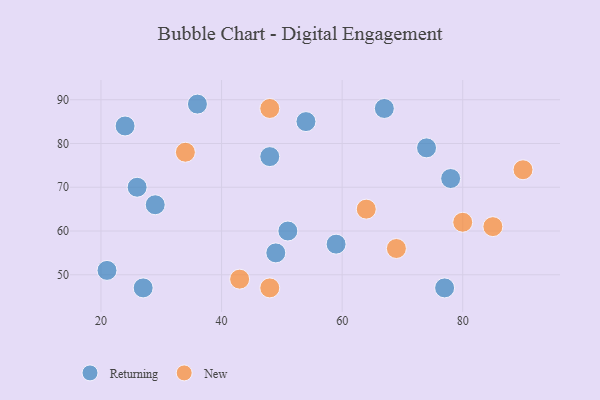
{"axis": {"x": "GDP", "y": "Life Expectancy"}, "legend": ["New", "Returning"], "data": [{"x": "54", "y": 85, "type": "Returning"}, {"x": "36", "y": 89, "type": "Returning"}, {"x": "27", "y": 47, "type": "Returning"}, {"x": "59", "y": 57, "type": "Returning"}, {"x": "78", "y": 72, "type": "Returning"}, {"x": "48", "y": 77, "type": "Returning"}, {"x": "74", "y": 79, "type": "Returning"}, {"x": "29", "y": 66, "type": "Returning"}, {"x": "24", "y": 84, "type": "Returning"}, {"x": "51", "y": 60, "type": "Returning"}, {"x": "26", "y": 70, "type": "Returning"}, {"x": "77", "y": 47, "type": "Returning"}, {"x": "67", "y": 88, "type": "Returning"}, {"x": "49", "y": 55, "type": "Returning"}, {"x": "21", "y": 51, "type": "Returning"}, {"x": "85", "y": 61, "type": "New"}, {"x": "48", "y": 47, "type": "New"}, {"x": "48", "y": 88, "type": "New"}, {"x": "34", "y": 78, "type": "New"}, {"x": "80", "y": 62, "type": "New"}, {"x": "64", "y": 65, "type": "New"}, {"x": "90", "y": 74, "type": "New"}, {"x": "69", "y": 56, "type": "New"}, {"x": "43", "y": 49, "type": "New"}]}